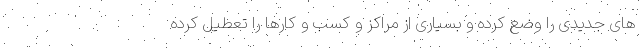
های جدیدی را وضع کرده و بسیاری از مراکز و کسب و کارها را تعطیل کرده